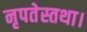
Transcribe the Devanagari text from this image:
नृपतेस्तथा।